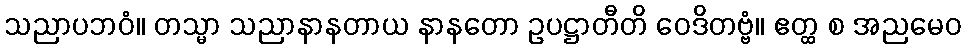
သညာပဘဝံ။ တသ္မာ သညာနာနတာယ နာနတော ဥပဋ္ဌာတီတိ ဝေဒိတဗ္ဗံ။ ဧတ္ထ စ အညမေဝ